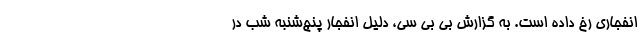
انفجاری رخ داده است. به گزارش بی بی سی، دلیل انفجار پنج‌شنبه شب در